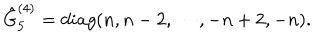
\hat { G } _ { 5 } ^ { ( 4 ) } = d i a g ( n , n - 2 , \cdots , - n + 2 , - n ) .